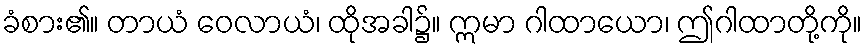
ခံစား၏။ တာယံ ဝေလာယံ၊ ထိုအခါ၌။ ဣမာ ဂါထာယော၊ ဤဂါထာတို့ကို။